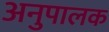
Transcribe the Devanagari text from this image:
अनुपालक